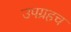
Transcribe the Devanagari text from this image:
उपग्रहच